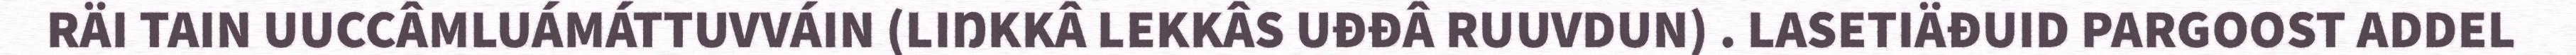
RÄI TAIN UUCCÂMLUÁMÁTTUVVÁIN (LIŊKKÂ LEKKÂS UĐĐÂ RUUVDUN) . LASETIÄĐUID PARGOOST ADDEL